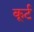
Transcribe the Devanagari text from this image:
कूर्ट